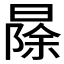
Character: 𱢠